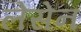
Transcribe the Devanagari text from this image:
लेसेन